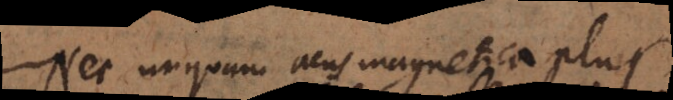
Nec unquam acus magnetica plus